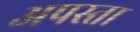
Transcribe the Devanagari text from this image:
अपस्ता